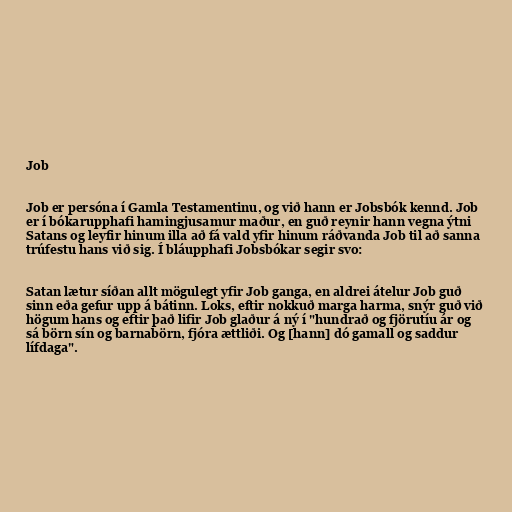
Job

Job er persóna í Gamla Testamentinu, og við hann er Jobsbók kennd. Job
er í bókarupphafi hamingjusamur maður, en guð reynir hann vegna ýtni
Satans og leyfir hinum illa að fá vald yfir hinum ráðvanda Job til að sanna
trúfestu hans við sig. Í bláupphafi Jobsbókar segir svo:

Satan lætur síðan allt mögulegt yfir Job ganga, en aldrei átelur Job guð
sinn eða gefur upp á bátinn. Loks, eftir nokkuð marga harma, snýr guð við
högum hans og eftir það lifir Job glaður á ný í "hundrað og fjörutíu ár og
sá börn sín og barnabörn, fjóra ættliði. Og [hann] dó gamall og saddur
lífdaga".